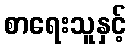
စာရေးသူနှင့်